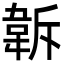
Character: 𩎚